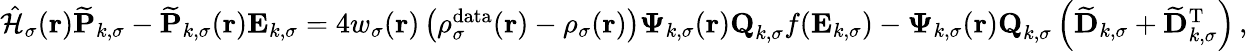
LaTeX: \begin{array}{r}{\hat{\mathcal{{H}}}_{\sigma}(\boldsymbol{\textbf{r}})\mathbf{\widetilde{P}}_{k,\sigma}-\mathbf{\widetilde{P}}_{k,\sigma}(\boldsymbol{\textbf{r}})\mathbf{E}_{k,\sigma}=4w_{\sigma}(\boldsymbol{\textbf{r}})\left(\rho_{\sigma}^{\mathrm{data}}(\boldsymbol{\textbf{r}})-\rho_{\sigma}(\boldsymbol{\textbf{r}})\right)\boldsymbol{\Psi}_{k,\sigma}(\boldsymbol{\textbf{r}})\textbf{Q}_{k,\sigma}f(\mathbf{E}_{k,\sigma})-\boldsymbol{\Psi}_{k,\sigma}(\boldsymbol{\textbf{r}})\textbf{Q}_{k,\sigma}\left(\mathbf{\widetilde{D}}_{k,\sigma}+\mathbf{\widetilde{D}}_{k,\sigma}^{\mathrm{T}}\right)\, ,}\end{array}